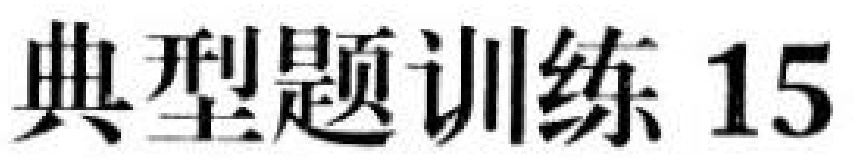
典型题训练 15